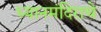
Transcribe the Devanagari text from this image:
ध्यानमंदिराचे